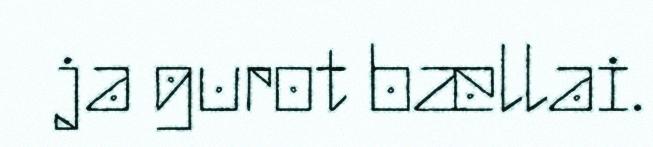
ja gurot bællai.